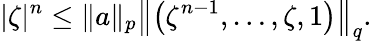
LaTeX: |\zeta|^{n}\leq\| a\| _{p}\left\| \left(\zeta^{n-1},\ldots,\zeta,1\right)\right\| _{q}.